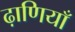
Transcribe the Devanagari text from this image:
ढ़ाणियाँ